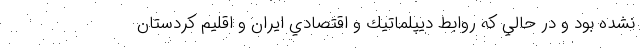
نشده بود و در حالي كه روابط ديپلماتيك و اقتصادي ايران و اقليم كردستان